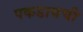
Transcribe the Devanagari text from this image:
पकडायची